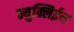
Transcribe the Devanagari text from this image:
न्युक्लिईन